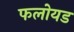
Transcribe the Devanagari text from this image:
फलोयड